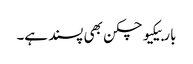
باربیکیو چکن بھی پسند ہے۔